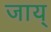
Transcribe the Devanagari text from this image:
जाय्